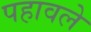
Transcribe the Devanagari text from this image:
पहावले